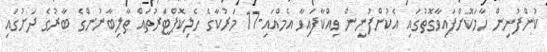
ކުންްފުނިން ހާމަކޮށްފައިވާގޮތުގައި އެކުންފުނިން ވިއްކާފައިވާ އެމްއައި-17 މަރުކާގެ ހެލިކޮޕްޓަރުތައް ޠާލިބާނުންގެ ބާރުގެ ދަށުގައި